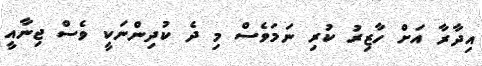
އިދާރާ އަށް ހާޒިރު ކުރި ނަމަވެސް މި ދެ ކުދިންނަކީ ވެސް ޖިނާއީ